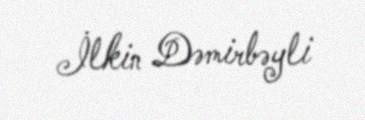
İlkin Dəmirbəyli